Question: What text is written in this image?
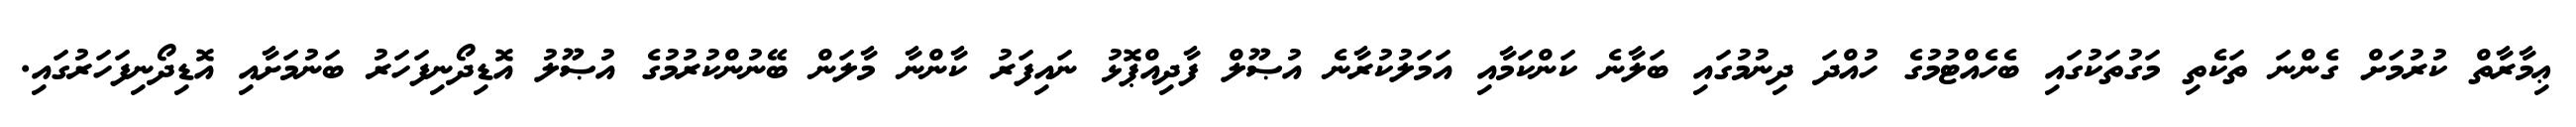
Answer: ޢިމާރާތް ކުރުމަށް ގެންނަ ތަކެތި މަގުތަކުގައި ބެހެއްޓުމުގެ ހުއްދަ ދިނުމުގައި ބަލާނެ ކަންކަމާއި އަމަލުކުރާނެ އުޞޫލް ފާދިއްޕޮޅު ނައިފަރު ކާންނާ މާލަން ބޭނުންކުރުމުގެ އުޞޫލު އޮޑިދޯނިފަހަރު ބަނުމަށާއި އޮޑިދޯނިފަހަރުގައި.